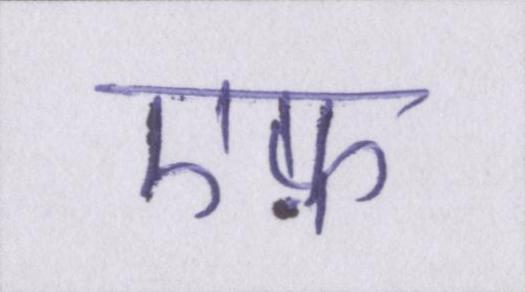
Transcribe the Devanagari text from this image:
एफ़